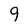
Character: 9